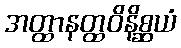
အတ္ထာနတ္ထဝိနိစ္ဆယံ